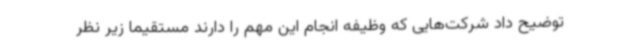
توضیح داد شرکت‌هایی که وظیفه انجام این مهم را دارند مستقیما زیر نظر